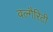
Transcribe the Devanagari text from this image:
वल्गैरिटी